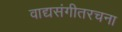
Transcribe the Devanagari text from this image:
वाद्यसंगीतरचना